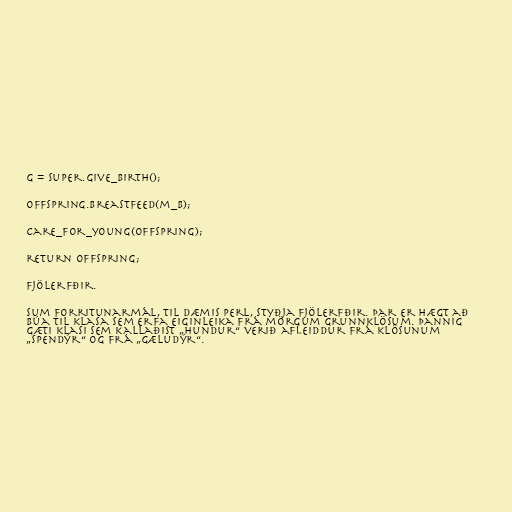
g = super.give_birth();

offspring.breastfeed(m_b);

care_for_young(offspring);

return offspring;

Fjölerfðir.

Sum forritunarmál, til dæmis Perl, styðja fjölerfðir. Þar er hægt að
búa til klasa sem erfa eiginleika frá mörgum grunnklösum. Þannig
gæti klasi sem kallaðist „hundur“ verið afleiddur frá klösunum
„spendýr“ og frá „gæludýr“.